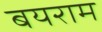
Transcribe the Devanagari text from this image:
बयराम